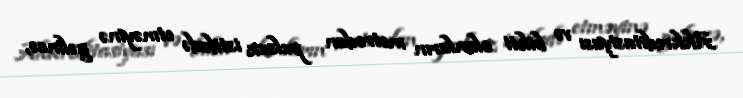
Akkreditasiyası və bileti olanların metrodan pulsuz istifadə etməyinə gəlincə,